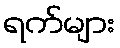
ရက်များ